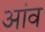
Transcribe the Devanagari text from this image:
अांव